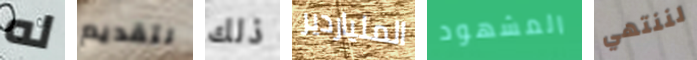
له لتقديم ذلك الملياردير المشهود لننتهي